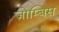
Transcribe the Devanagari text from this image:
ज़ोम्बिस